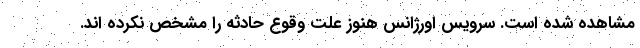
مشاهده شده است. سرویس اورژانس هنوز علت وقوع حادثه را مشخص نکرده اند.